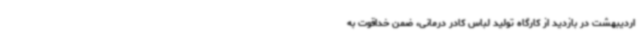
اردیبهشت در بازدید از کارگاه تولید لباس کادر درمانی، ضمن خداقوت به